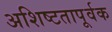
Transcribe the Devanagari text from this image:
अशिष्टतापूर्वक